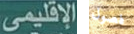
الإقليمي فصول